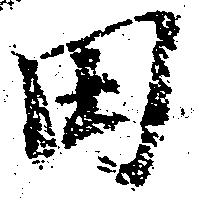
田